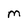
Character: M